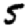
Digit: 5